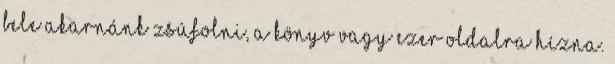
bele akarnánk zsúfolni, a könyv vagy ezer oldalra hízna.